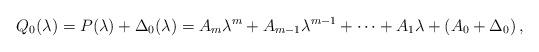
LaTeX: \begin{align*} Q_0 (\lambda ) = P(\lambda ) + \Delta _0 (\lambda ) = A_m \lambda^m + A_{m-1} \lambda^{m-1} + \cdots + A_1 \lambda + \left(A_0 + \Delta _0 \right) ,\end{align*}